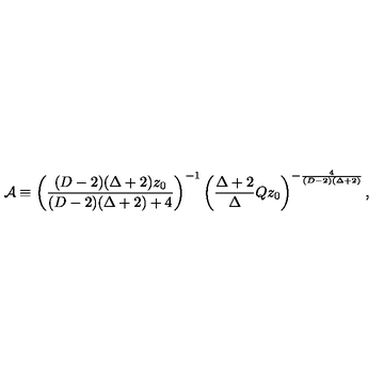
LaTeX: { \cal A } \equiv \left( { \frac { ( D - 2 ) ( \Delta + 2 ) z _ { 0 } } { ( D - 2 ) ( \Delta + 2 ) + 4 } } \right) ^ { - 1 } \left( { \frac { \Delta + 2 } { \Delta } } Q z _ { 0 } \right) ^ { - { \frac { 4 } { ( D - 2 ) ( \Delta + 2 ) } } } ,